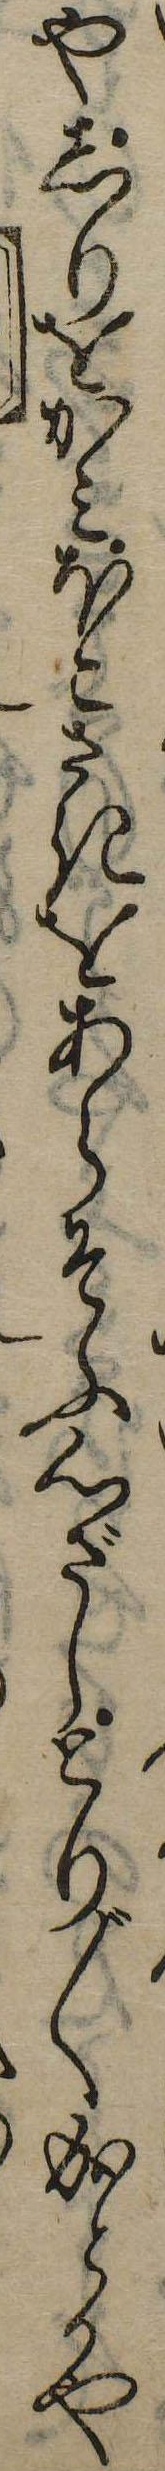
やしりをかみほこさきをあらそふ心ざしとり〲成とかや